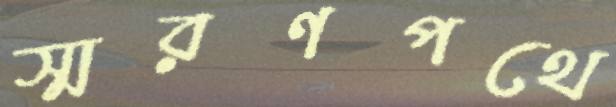
স্মরণপথে